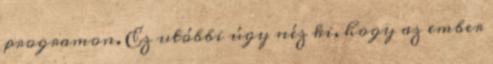
programon. Ez utóbbi úgy néz ki, hogy az ember